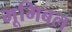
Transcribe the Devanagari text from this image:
भूमिबल